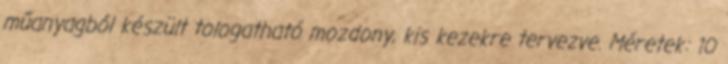
műanyagból készült tologatható mozdony, kis kezekre tervezve. Méretek: 10